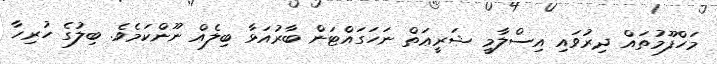
މަހްފޫމުތައް ދިރުވައި އިސްލާމީ ޝަރީޢަތް ނަހަގައްޓަން ބާރުއަޅާ ބިލެއް ނޫންކަމެވެ. ބިލުގެ ހުރިހާ